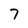
Character: 7